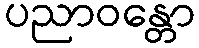
ပညာဝန္တော